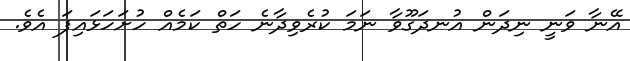
އޭނާ ވަނީ ނިދަން އުނދަގޫވާ ނަމަ ކުރެވިދާނެ ހަތް ކަމެއް ހުށަހަޅައިފަ އެވެ.